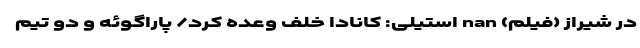
در شیراز (فیلم) nan استیلی: کانادا خلف وعده کرد/ پاراگوئه و دو تیم